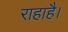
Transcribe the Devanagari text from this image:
राहाहै।